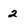
Character: 2